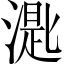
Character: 𣼮